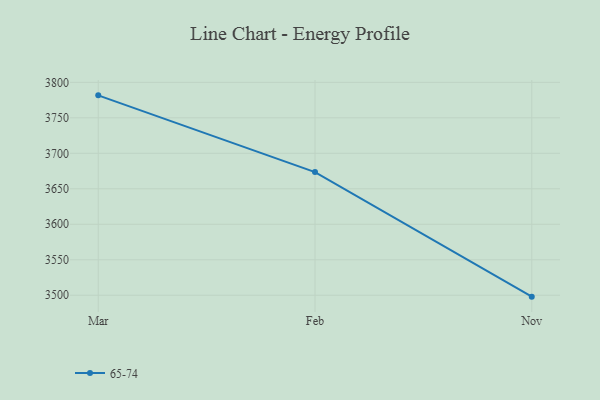
{"axis": {"x": "Month", "y": "Revenue (USD Million)"}, "legend": ["65-74"], "data": [{"x": "Mar", "y": 3781.7, "type": "65-74"}, {"x": "Feb", "y": 3673.6, "type": "65-74"}, {"x": "Nov", "y": 3498.0, "type": "65-74"}]}